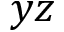
y z